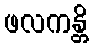
ဖလကန္တိ